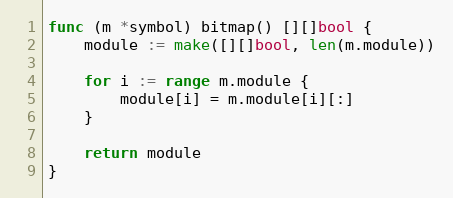
Language: Go
func (m *symbol) bitmap() [][]bool {
	module := make([][]bool, len(m.module))

	for i := range m.module {
		module[i] = m.module[i][:]
	}

	return module
}